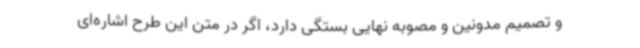
و تصمیم مدونین و مصوبه نهایی بستگی دارد، اگر در متن این طرح اشاره‌ای